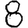
Digit: 8